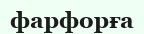
фарфорға